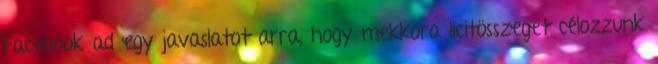
Facebook ad egy javaslatot arra, hogy mekkora licitösszeget célozzunk